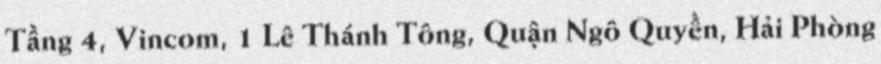
Tầng 4, Vincom, 1 Lê Thánh Tông, Quận Ngô Quyền, Hải Phòng